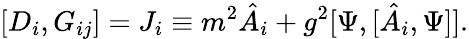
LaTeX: [D_{i},G_{ij}]=J_{i}\equiv m^{2}\hat{A}_{i}+g^{2}[\Psi,[\hat{A}_{i},\Psi]].